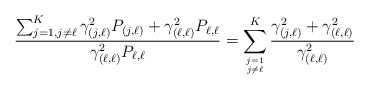
\begin{align*}\frac{\sum_{j=1, j \neq \ell}^{K} \gamma^2_{(j,\ell)}P_{(j,\ell)}+\gamma^2_{(\ell,\ell)}P_{\ell,\ell}}{\gamma^2_{(\ell,\ell)}P_{\ell,\ell}}=\sum_{j=1 \atop j \neq \ell}^{K} \frac{\gamma^2_{(j,\ell)}+\gamma^2_{(\ell,\ell)}}{\gamma^2_{(\ell,\ell)}}\end{align*}